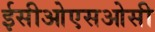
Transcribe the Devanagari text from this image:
ईसीओएसओसी